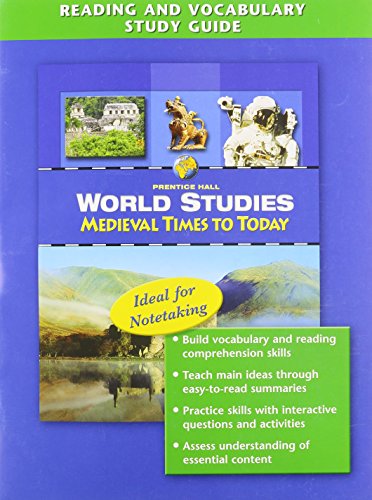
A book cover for World Studies: Medieval Times to Today - Reading and Vocabulary Study Guide; PRENTICE HALL; Children's Books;